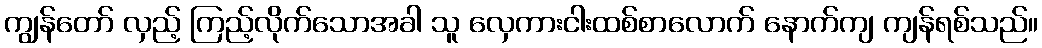
ကျွန်တော် လှည့် ကြည့်လိုက်သောအခါ သူ လှေကားငါးထစ်စာလောက် နောက်ကျ ကျန်ရစ်သည်။